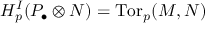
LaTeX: H _ { p } ^ { I } ( P _ { \bullet } \otimes N ) = \operatorname { T o r } _ { p } ( M , N )